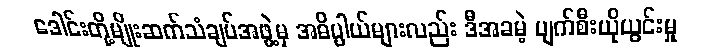
ဒေါင်းတို့မျိုးဆက်သံချပ်အဖွဲ့မှ အဓိပ္ပါယ်များလည်း ဒီအခမဲ့ ပျက်စီးယိုယွင်းမှု